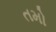
તમો